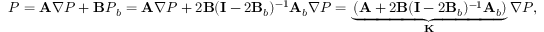
\boldsymbol { P } = \mathbf { A } \boldsymbol { \nabla P } + \mathbf { B } \boldsymbol { P } _ { b } = \mathbf { A } \boldsymbol { \nabla P } + 2 \mathbf { B } ( \mathbf { I } - 2 \mathbf { B } _ { b } ) ^ { - 1 } \mathbf { A } _ { b } \boldsymbol { \nabla P } = \underbrace { \left( \mathbf { A } + 2 \mathbf { B } ( \mathbf { I } - 2 \mathbf { B } _ { b } ) ^ { - 1 } \mathbf { A } _ { b } \right) } _ { \mathbf { K } } \boldsymbol { \nabla P } ,